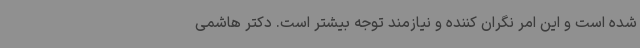
شده است و این امر نگران کننده و نیازمند توجه بیشتر است. دکتر هاشمی